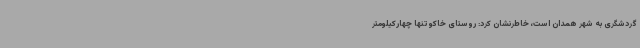
گردشگری به شهر همدان است، خاطرنشان کرد: روستای خاکو تنها چهارکیلومتر